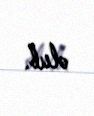
olub.